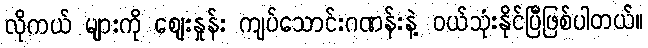
လိုကယ် များကို ဈေးနှုန်း ကျပ်သောင်းဂဏန်းနဲ့ ဝယ်သုံးနိုင်ပြီဖြစ်ပါတယ်။